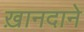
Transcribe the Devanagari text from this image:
ख़ानदाने